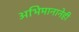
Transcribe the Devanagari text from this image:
अभिमानानेही